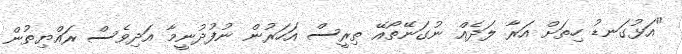
"އަޅުގަނޑު ހިތަށް އަރާ ލަދެއް ނުގަނޭތޯއޭ ތިރީސް އަހަރުން ނުފުދުނީމާ އަދިވެސް ރައްޔިތުން